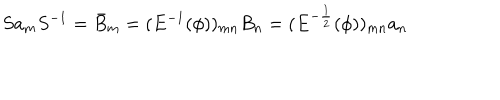
S a _ { m } S ^ { - 1 } = \bar { B } _ { m } = ( E ^ { - 1 } ( \phi ) ) _ { m n } B _ { n } = ( E ^ { - \frac { 1 } { 2 } } ( \phi ) ) _ { m n } a _ { n }